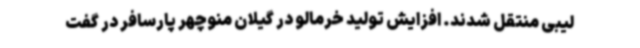
لیبی منتقل شدند. افزایش تولید خرمالو در گیلان منوچهر پارسافر در گفت